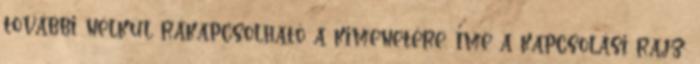
további nélkül rákapcsolható a kimenetére. Íme a kapcsolási rajz: